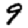
Digit: 9